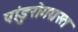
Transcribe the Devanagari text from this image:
पांडुरोगग्रस्त